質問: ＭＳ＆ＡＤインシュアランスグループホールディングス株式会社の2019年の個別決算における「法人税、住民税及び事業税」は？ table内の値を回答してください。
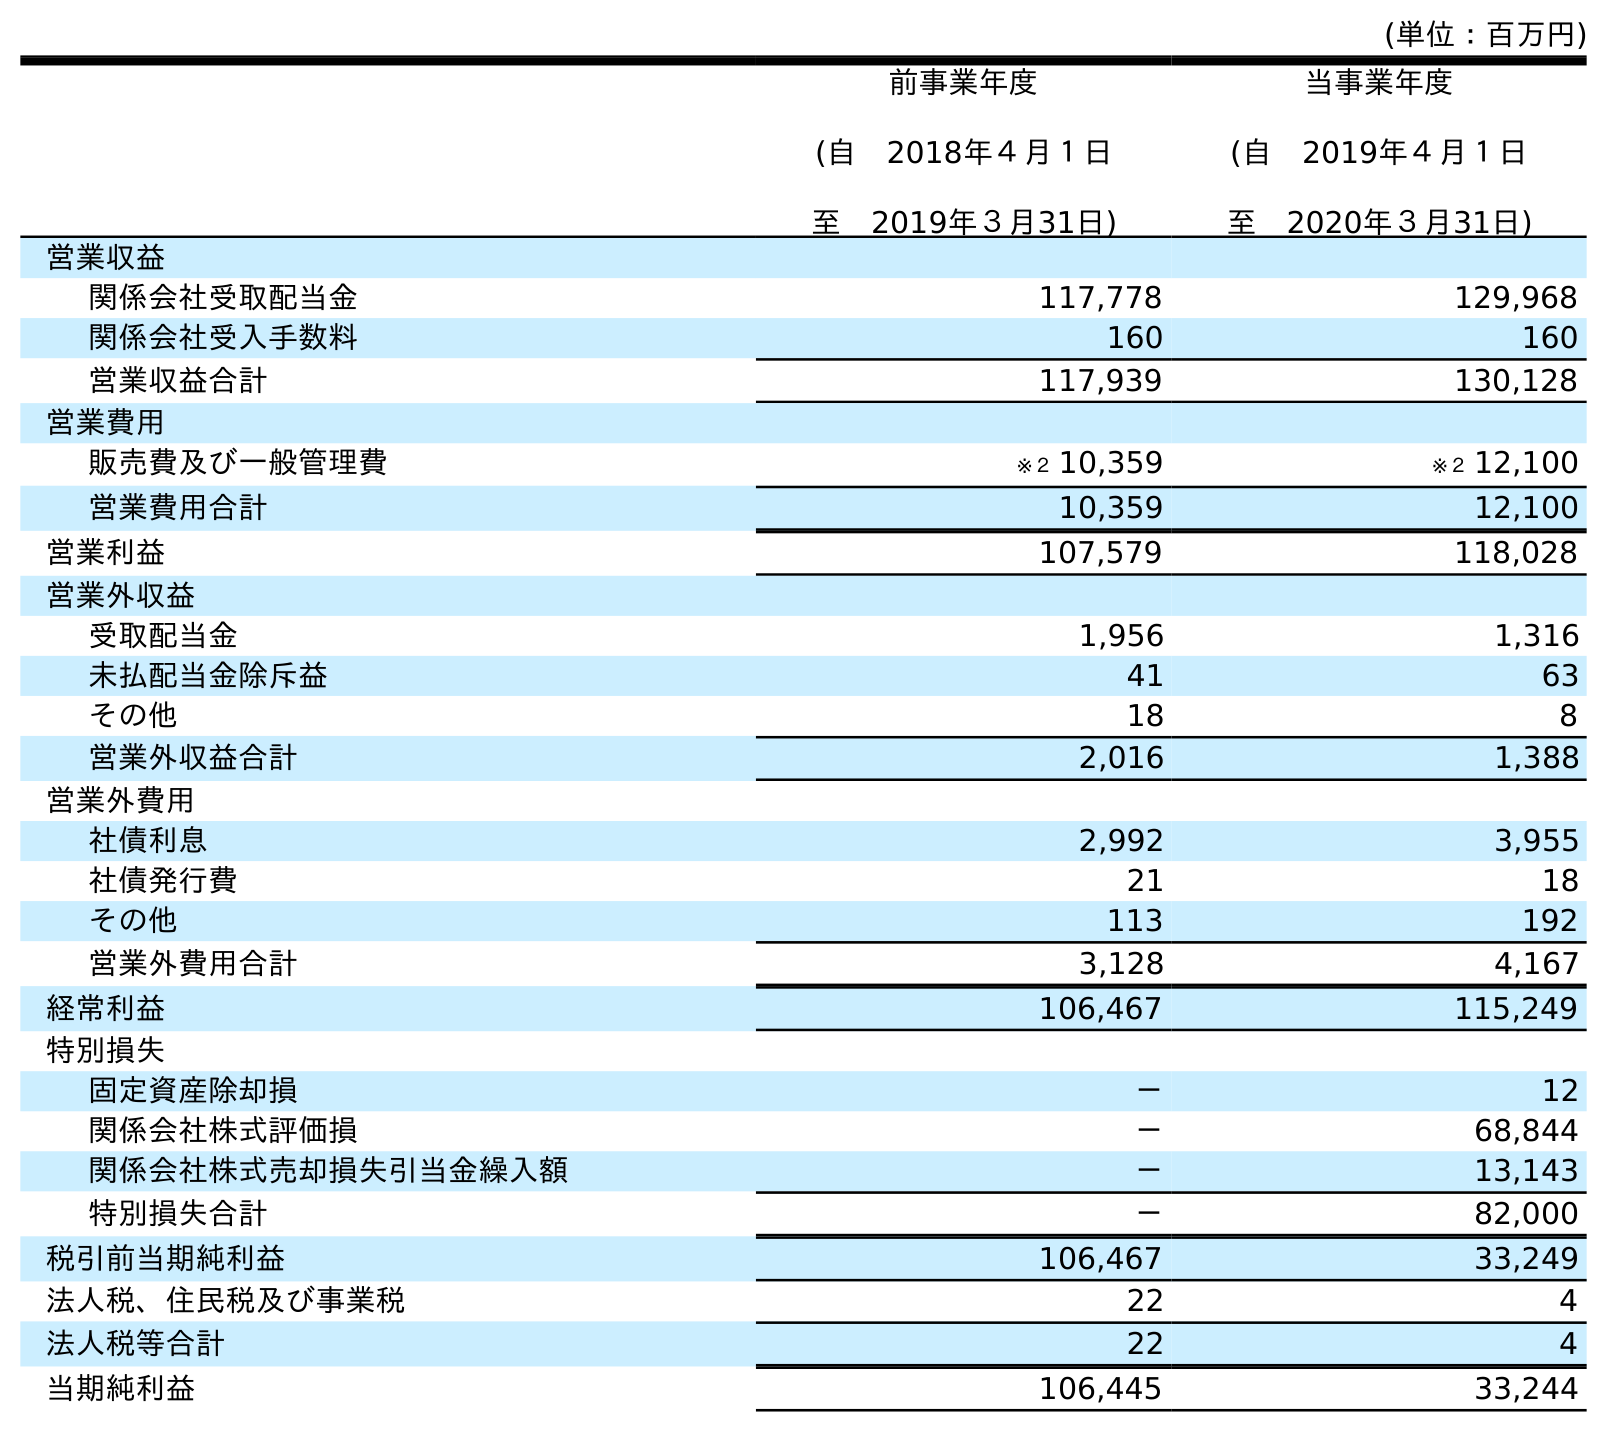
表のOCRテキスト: (単位：百万円) 前事業年度 (自 2018年４月１日 至 2019年３月31日) 当事業年度 (自 2019年４月１日 至 2020年３月31日) 営業収益 関係会社受取配当金 117,778 129,968 関係会社受入手数料 160 160 営業収益合計 117,939 130,128 営業費用 販売費及び一般管理費 ※２ 10,359 ※２ 12,100 営業費用合計 10,359 12,100 営業利益 107,579 118,028 営業外収益 受取配当金 1,956 1,316 未払配当金除斥益 41 63 その他 18 8 営業外収益合計 2,016 1,388 営業外費用 社債利息 2,992 3,955 社債発行費 21 18 その他 113 192 営業外費用合計 3,128 4,167 経常利益 106,467 115,249 特別損失 固定資産除却損 － 12 関係会社株式評価損 － 68,844 関係会社株式売却損失引当金繰入額 － 13,143 特別損失合計 － 82,000 税引前当期純利益 106,467 33,249 法人税、住民税及び事業税 22 4 法人税等合計 22 4 当期純利益 106,445 33,244
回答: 22